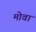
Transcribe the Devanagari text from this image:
मोवा